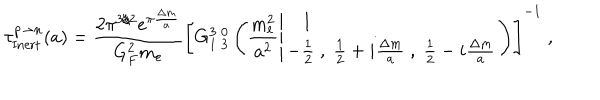
{ \tau } _ { \mathrm { I n e r t } } ^ { p \to n } ( a ) = \frac { 2 \pi ^ { 3 / 2 } e ^ { \pi \frac { { \Delta m } } { a } } } { G _ { F } ^ { 2 } m _ { e } } \left[ G _ { 1 \; 3 } ^ { 3 \; 0 } \left( \frac { m _ { e } ^ { 2 } } { a ^ { 2 } } \left| \begin{array} { l } { { 1 } } \\ { { - \frac { 1 } { 2 } \; , \; \frac { 1 } { 2 } + i \frac { \Delta m } { a } \; , \; \frac { 1 } { 2 } - i \frac { \Delta m } { a } } } \\ \end{array} \right. \right) \right] ^ { - 1 } \; ,